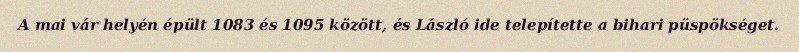
A mai vár helyén épült 1083 és 1095 között, és László ide telepítette a bihari püspökséget.